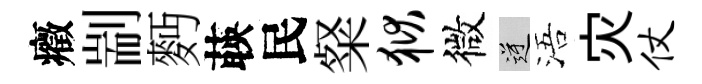
癥剬麪𦴤民粲狱微逆浯灾仗